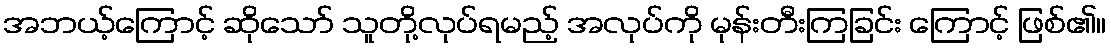
အဘယ့်ကြောင့် ဆိုသော် သူတို့လုပ်ရမည့် အလုပ်ကို မုန်းတီးကြခြင်း ကြောင့် ဖြစ်၏။